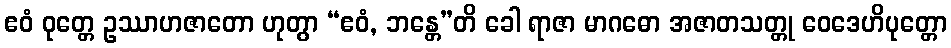
ဧဝံ ဝုတ္တေ ဥဿာဟဇာတော ဟုတွာ “ဧဝံ, ဘန္တေ”တိ ခေါ ရာဇာ မာဂဓော အဇာတသတ္တု ဝေဒေဟိပုတ္တော